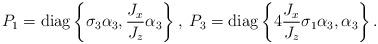
LaTeX: \begin{align*}P_{1}=\mathrm{diag}\left \{ \sigma_{3}\alpha_{3},\frac{J_{x}}{J_{z}}\alpha_{3}\right \} ,\;P_{3}=\mathrm{diag}\left \{ 4\frac{J_{x}}{J_{z}}\sigma_{1}\alpha_{3},\alpha_{3}\right \} .\end{align*}